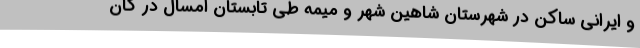
و ایرانی ساکن در شهرستان شاهین شهر و میمه طی تابستان امسال در کان